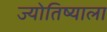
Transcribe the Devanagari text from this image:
ज्योतिष्याला